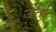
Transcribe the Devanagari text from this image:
उंतर